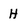
Character: H